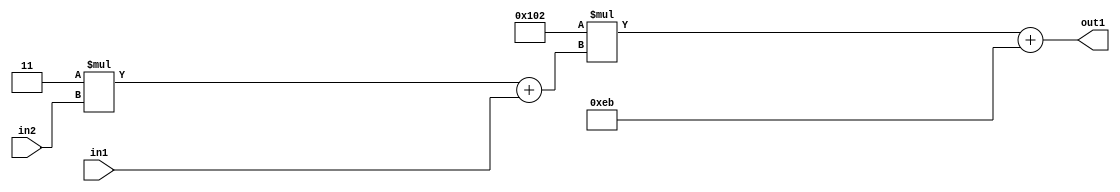
`timescale 1ps / 1ps
/*****************************************************************************
    Verilog RTL Description
    
    
    Created by: Stratus DpOpt 2019.1.01 
*******************************************************************************/

module DC_Filter_Add2i235Mul2i258Add2u1Mul2i3u2_4 (
	in2,
	in1,
	out1
	); /* architecture "behavioural" */ 
input [1:0] in2;
input  in1;
output [11:0] out1;
wire [11:0] asc001;
wire [3:0] asc002;

wire [3:0] asc002_tmp_0;
assign asc002_tmp_0 = 
	+(4'B0011 * in2);
assign asc002 = asc002_tmp_0
	+(in1);

wire [11:0] asc001_tmp_1;
assign asc001_tmp_1 = 
	+(12'B000100000010 * asc002);
assign asc001 = asc001_tmp_1
	+(12'B000011101011);

assign out1 = asc001;
endmodule

/* CADENCE  v7X2SQ0= : u9/ySgnWtBlWxVPRXgAZ4Og= ** DO NOT EDIT THIS LINE ******/